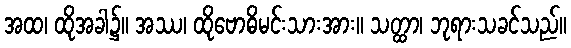
အထ၊ ထိုအခါ၌။ အဿ၊ ထိုဗောဓိမင်းသားအား။ သတ္ထာ၊ ဘုရားသခင်သည်။